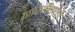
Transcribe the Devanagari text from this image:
वाघिणीसारखी